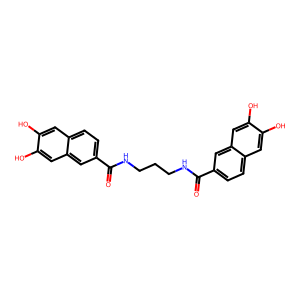
SMILES: O=C(NCCCNC(=O)c1ccc2cc(O)c(O)cc2c1)c1ccc2cc(O)c(O)cc2c1
Inhibits HIV replication: No